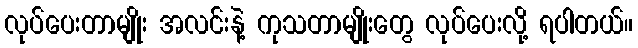
လုပ်ပေးတာမျိုး အလင်းနဲ့ ကုသတာမျိုးတွေ လုပ်ပေးလို့ ရပါတယ်။